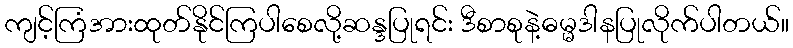
ကျင့်ကြံအားထုတ်နိုင်ကြပါစေလို့ဆန္ဒပြုရင်း ဒီစာစုနဲ့ဓမ္မဒါနပြုလိုက်ပါတယ်။